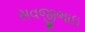
સવજીભાઇ